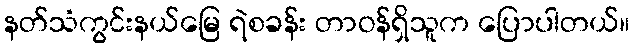
နတ်သံကွင်းနယ်မြေ ရဲစခန်း တာဝန်ရှိသူက ပြောပါတယ်။